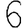
Digit: 6